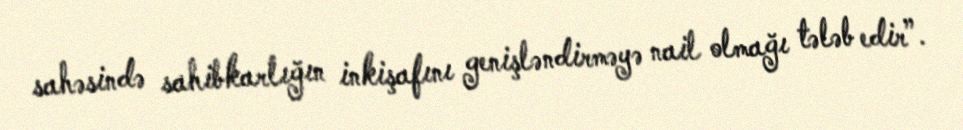
sahəsində sahibkarlığın inkişafını genişləndirməyə nail olmağı tələb edir”.